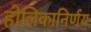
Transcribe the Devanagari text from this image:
होलिकानिर्णय